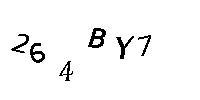
264BY7